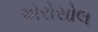
એરોસોલ